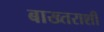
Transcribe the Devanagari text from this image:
बाख्तराशी